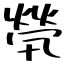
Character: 煢